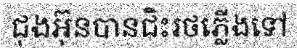
ជុងអ៊ុនបានជិះរថភ្លើងទៅ